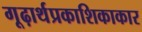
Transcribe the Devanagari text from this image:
गूढ़ार्थप्रकाशिकाकार